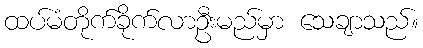
ထပ်မံတိုက်ခိုက်လာဦးမည်မှာ သေချာသည်။